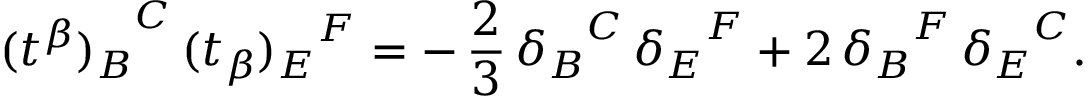
{ ( t ^ { \beta } ) _ { B } } ^ { C } \, { ( t _ { \beta } ) _ { E } } ^ { F } = - \, \frac { 2 } { 3 } \, { \delta _ { B } } ^ { C } \, { \delta _ { E } } ^ { F } + 2 \, { \delta _ { B } } ^ { F } \, { \delta _ { E } } ^ { C } .